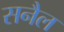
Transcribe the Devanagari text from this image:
सनैल